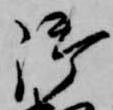
御